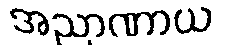
အညာဏာယ